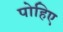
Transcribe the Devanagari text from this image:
पोहिए